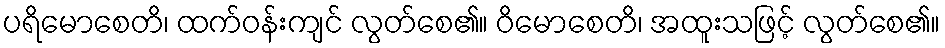
ပရိမောစေတိ၊ ထက်ဝန်းကျင် လွတ်စေ၏။ ဝိမောစေတိ၊ အထူးသဖြင့် လွတ်စေ၏။